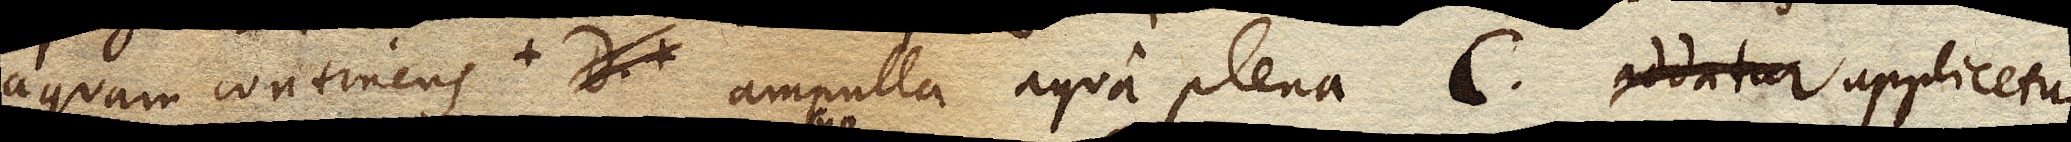
aquam continens D. sed ita ut plenum non sit, D. ampulla aqua plena C. addatur